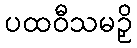
ပထဝီသမဉှိ